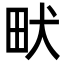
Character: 畎